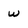
Character: w